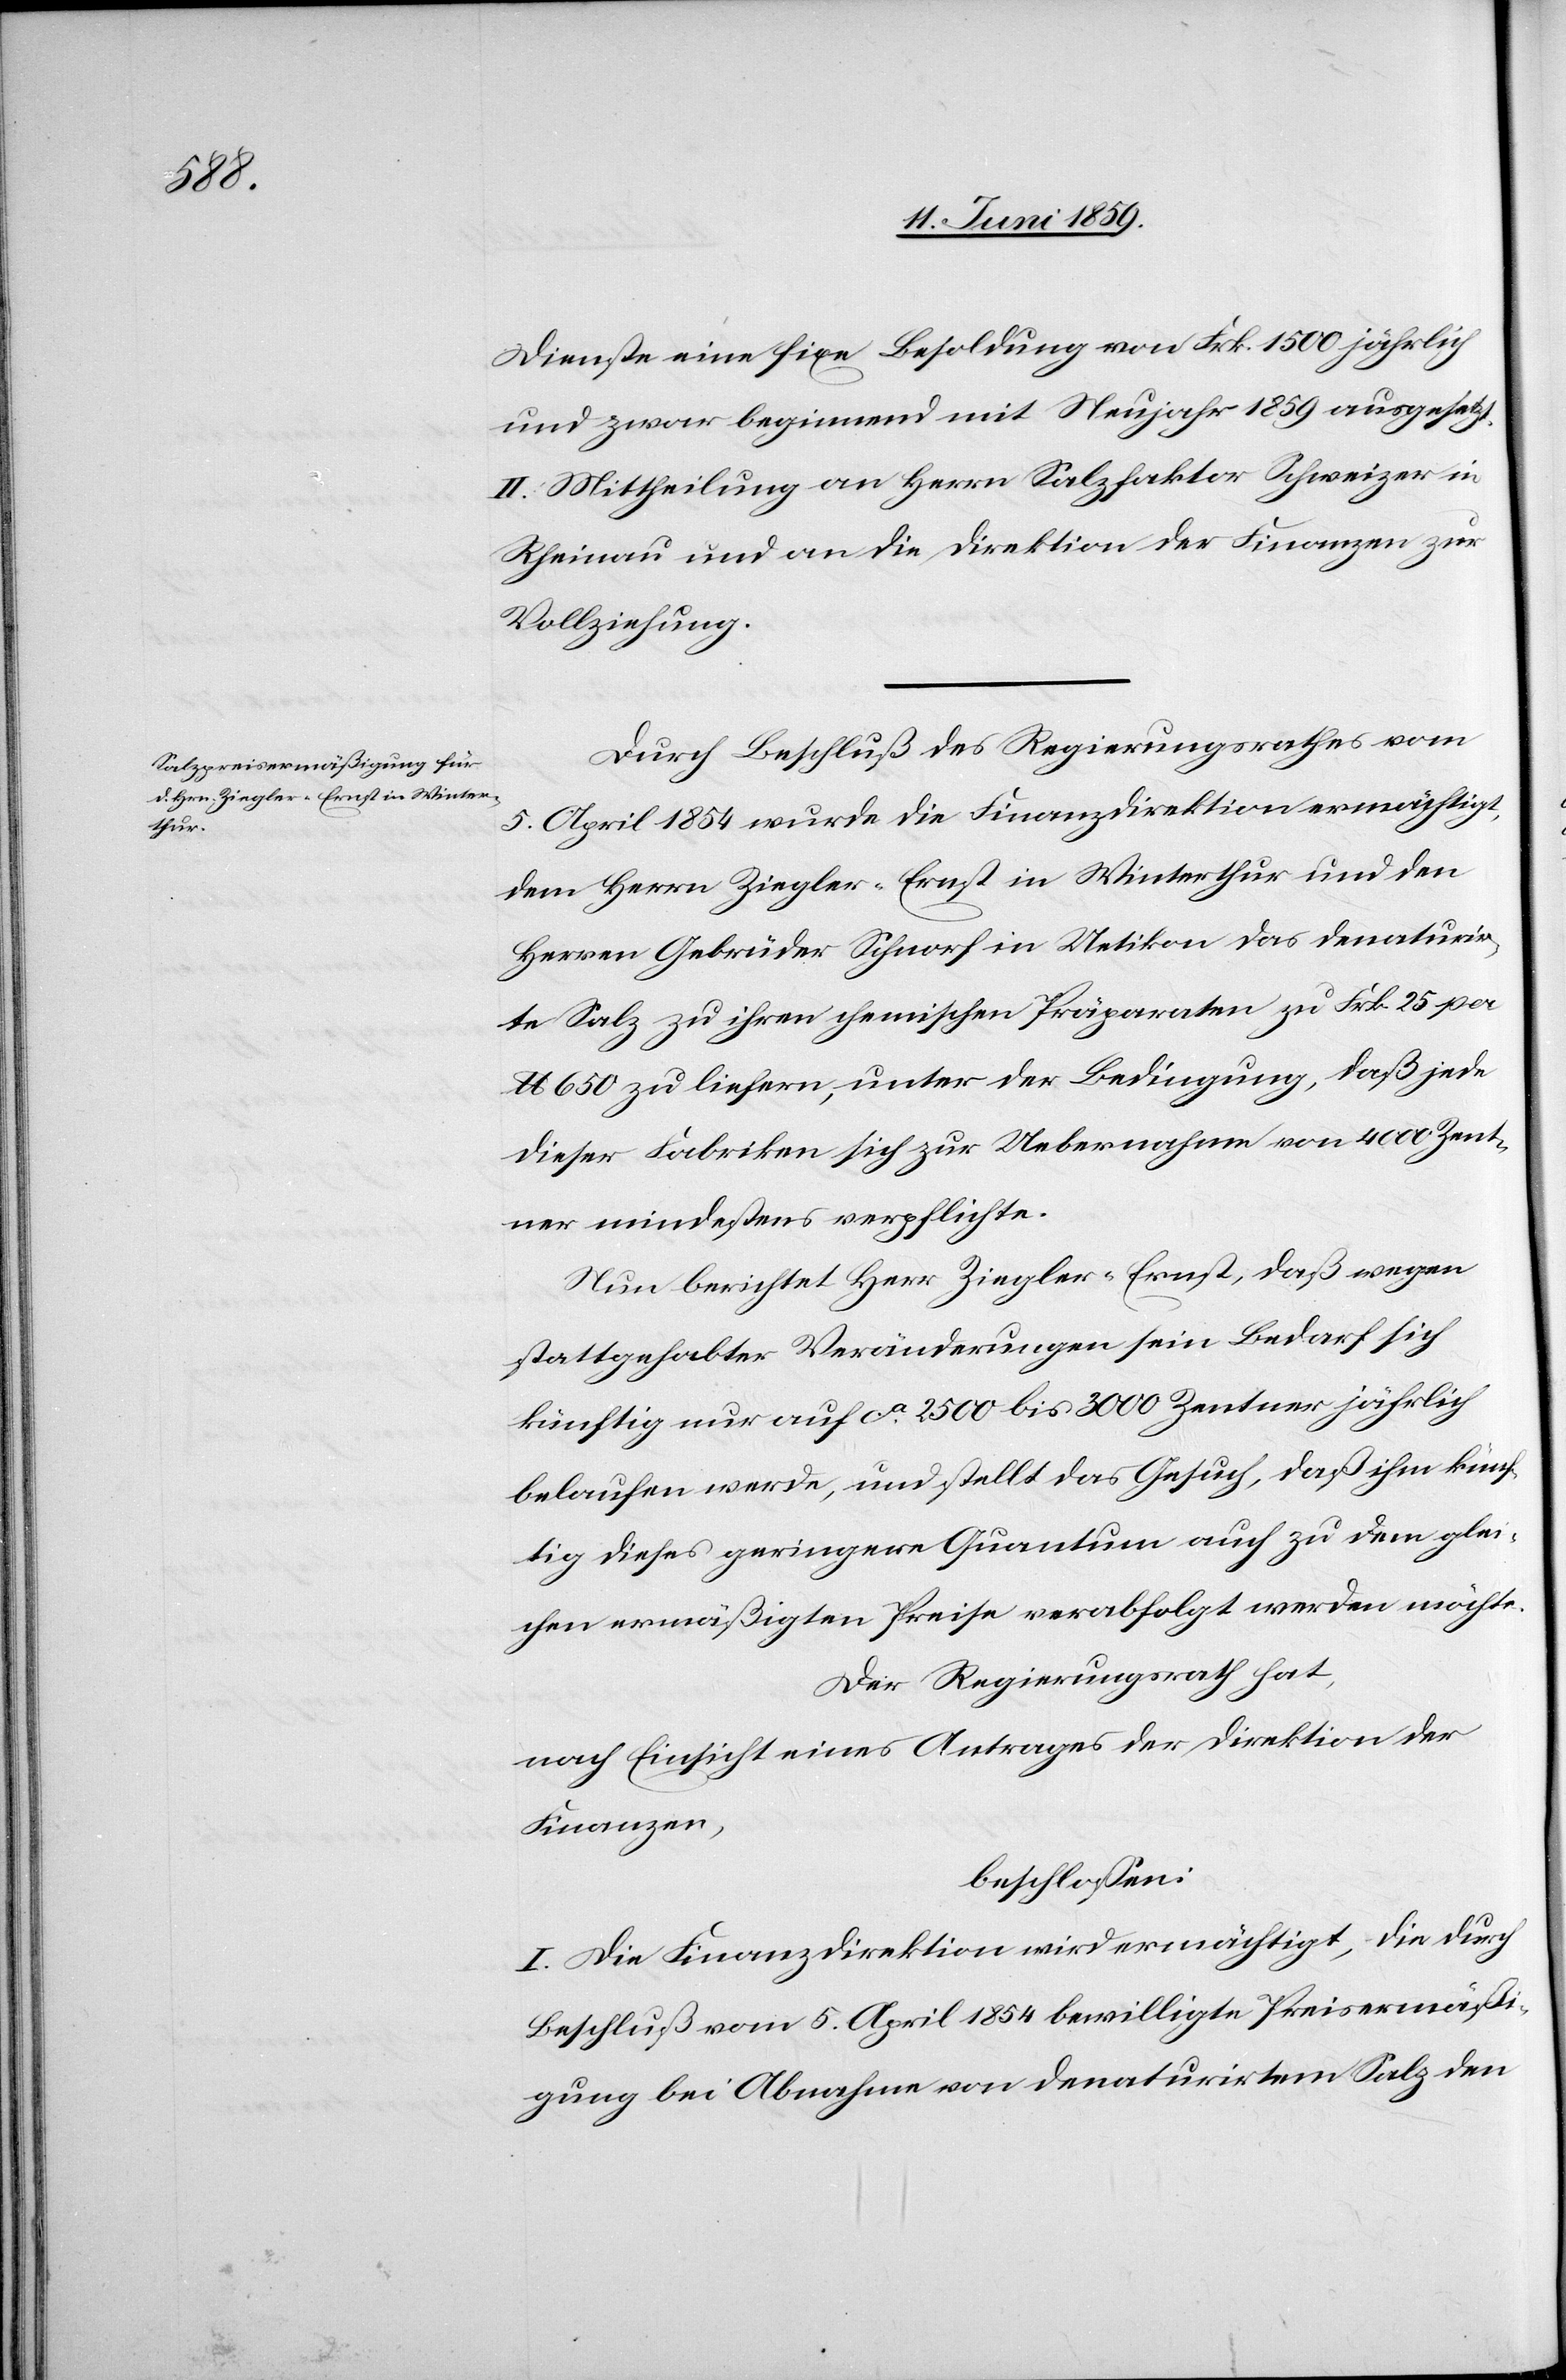
Dienste eine fixe Besoldung von Frk. 1500 jährlich
und zwar beginnend mit Neujahr 1859 ausgesetzt.
II. Mittheilung an Herrn Salzfaktor Schweizer in
Rheinau und an die Direktion der Finanzen zur
Vollziehung.
Durch Beschluß des Regierungsrathes vom
5. April 1854 wurde die Finanzdirektion ermächtigt,
dem Herrn Ziegler-Ernst in Winterthur und den
Herren Gebrüder Schnorf in Uetikon das denaturir¬
te Salz zu ihren chemischen Präparaten zu Frk. 25 per
lb 650 zu liefern, unter der Bedingung, daß jede
dieser Fabriken sich zur Uebernahme von 4000 Zent¬
ner mindestens verpflichte.
Nun berichtet Herr Ziegler-Ernst, daß wegen
stattgehabter Veränderungen sein Bedarf sich
künftig nur auf ca 2500 bis 3000 Zentner jährlich
belaufen werde, und stellt das Gesuch, daß ihm künf¬
tig dieses geringere Quantum auch zu dem glei¬
chen ermäßigten Preise verabfolgt werden möchte.
Der Regierungsrath hat,
nach Einsicht eines Antrages der Direktion der
Finanzen,
beschlossen:
I. Die Finanzdirektion wird ermächtigt, die durch
Beschluß vom 5. April 1854 bewilligte Preisermäßi¬
gung bei Abnahme von denaturirtem Salz den